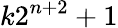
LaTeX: k2^{n+2}+1